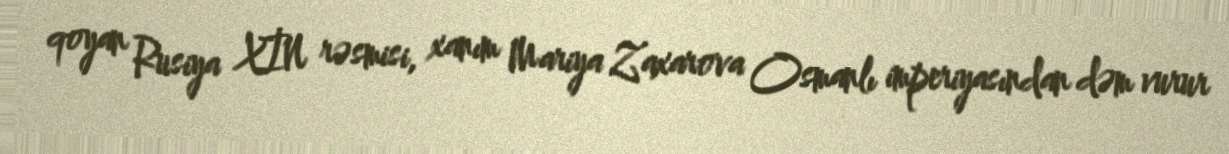
qoyan Rusiya XİN rəsmisi, xanım Mariya Zaxarova Osmanlı imperiyasından dəm vurur